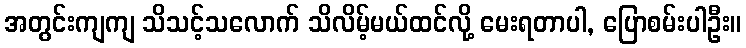
အတွင်းကျကျ သိသင့်သလောက် သိလိမ့်မယ်ထင်လို့ မေးရတာပါ, ပြောစမ်းပါဦး။